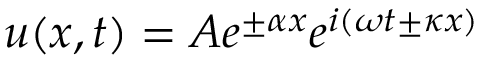
u ( x , t ) = A e ^ { \pm \alpha x } e ^ { i ( \omega t \pm \kappa x ) }